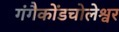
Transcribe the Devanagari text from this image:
गंगैकोंडचोलेश्वर